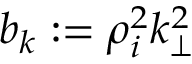
b _ { k } : = \rho _ { i } ^ { 2 } k _ { \perp } ^ { 2 }